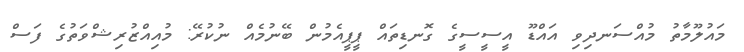
މައުލޫމާތު މުއްސަނދިވި އައްޑޫ އީސީސީގެ ގޮނޑިތައް ޕީޕީއެމުން ބޭނުމެއް ނުކުރޭ: މުއިއްޒުރިޝްވަތުގެ ފަސް